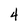
Character: 4